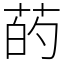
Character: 菂